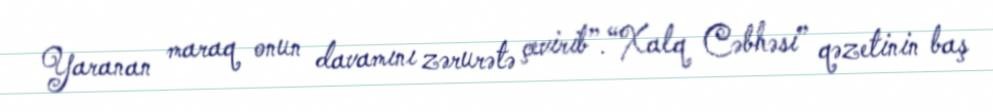
Yaranan maraq onun davamını zərurətə çevirib”.“Xalq Cəbhəsi” qəzetinin baş